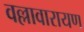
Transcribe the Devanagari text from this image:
वल्लावारायण